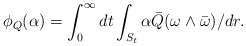
\begin{align*}\phi_Q(\alpha) = \int_{0}^\infty dt \int_{S_t} \alpha \bar Q(\omega \wedge \bar \omega)/dr.\end{align*}